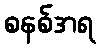
စနစ်အရ